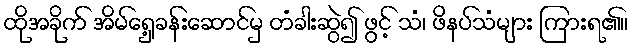
ထိုအခိုက် အိမ်ရှေ့ခန်းဆောင်မှ တံခါးဆွဲ၍ ဖွင့် သံ၊ ဖိနပ်သံများ ကြားရ၏။